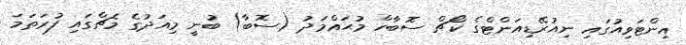
އިންޓަވިއުގައި ނިއުރޭޑިއަންޓްގެ ކޯޗް ސޮބާހް މުޙައްމަދު (ސޮބާ) ބުނީ މިއަދުގެ މެޗްގައި ފުރަތަމަ